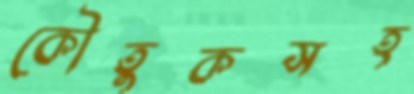
কৌতুকসহ